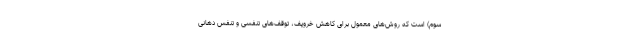
سوم) است که روش‌های معمول برای کاهش خروپف، توقف‌های تنفسی و تنفس دهانی